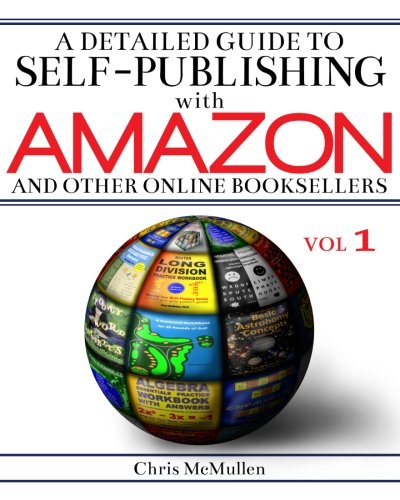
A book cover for A Detailed Guide to Self-Publishing with Amazon and Other Online Booksellers: How to Print-on-Demand with CreateSpace & Make eBooks for Kindle & Other eReaders; Chris McMullen; Reference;